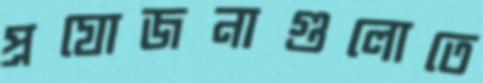
প্রযোজনাগুলোতে